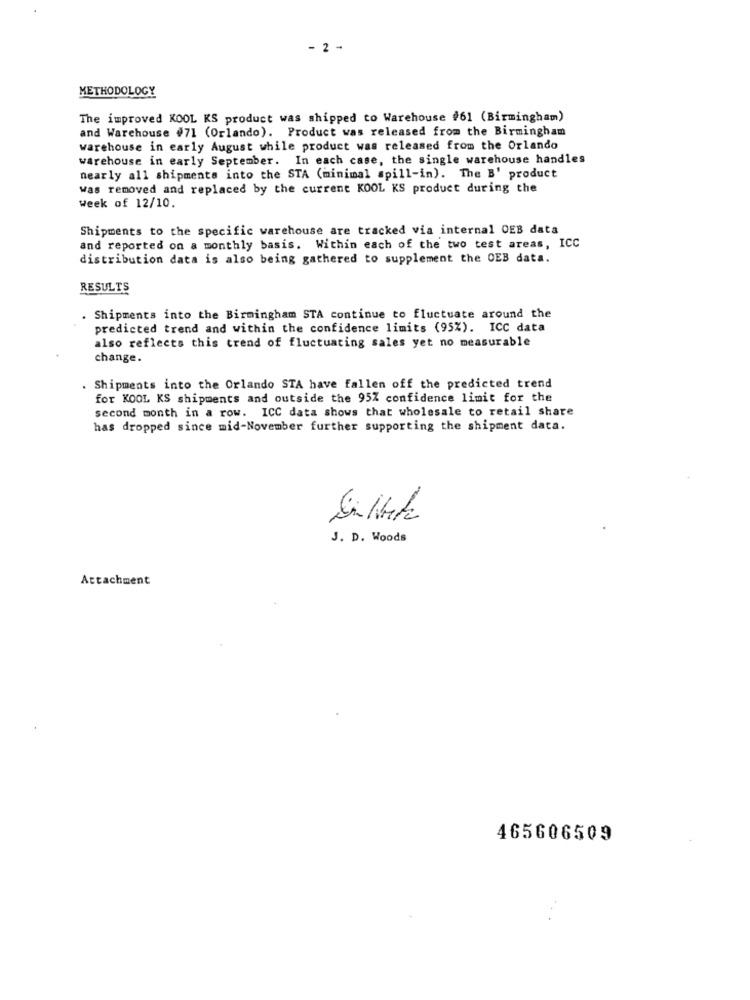
- 2 -
METHODOLOGY
The improved KOOL KS product was shipped to Warehouse #61 (Birmingham)
and Warehouse #71 (Orlando). Product was released from the Birmingham
warehouse in early August while product was released from the Orlando
warehouse in early September. In each case, the single warehouse handles
nearly all shipments into the STA (minimal spill-in). The B' product
was removed and replaced by the current KOOL KS product during the
Week of 12/10.
Shipments to the specific warehouse are tracked via internal OES data
and reported on a monthly basis. Within each of the two test areas, ICC
distribution data is also being gathered to supplement the OEB data.
RESULTS
Shipments into the Birmingham STA continue to fluctuate around the
predicted trend and within the confidence limits (95%). ICC data
also reflects this trend of fluctuating sales yet no measurable
change.
Shipments into the Orlando STA have fallen off the predicted trend
for KOOL KS shipments and outside the 95Z confidence limit for the
second month in a row. ICC data shows that wholesale to retail share
has dropped since mid-November further supporting the shipment data.
J. D. Woods
Attachment
465606509